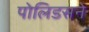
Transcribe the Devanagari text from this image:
पोलिडसने